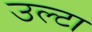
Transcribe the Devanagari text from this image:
उल्‍टा